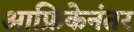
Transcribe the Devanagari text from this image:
आफ्रिकेनंतर